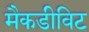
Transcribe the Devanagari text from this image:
मैकडीविट